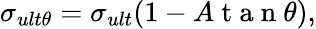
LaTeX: \sigma_{ult\theta}=\sigma_{ult}(1-A\mathrm{~t~a~n~}\theta),